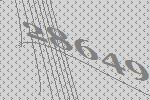
28649